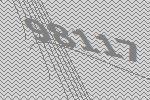
98117